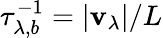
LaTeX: \tau_{\lambda,b}^{-1}=\left|\mathbf{v}_{\lambda}\right|/L